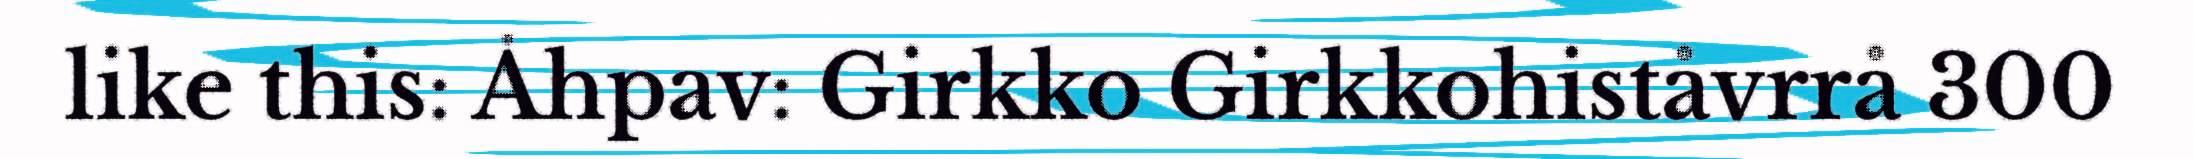
like this: Åhpav: Girkko Girkkohiståvrrå 300